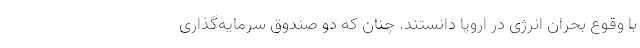
با وقوع بحران انرژی در اروپا دانستند. چنان که دو صندوق سرمایه‌گذاری